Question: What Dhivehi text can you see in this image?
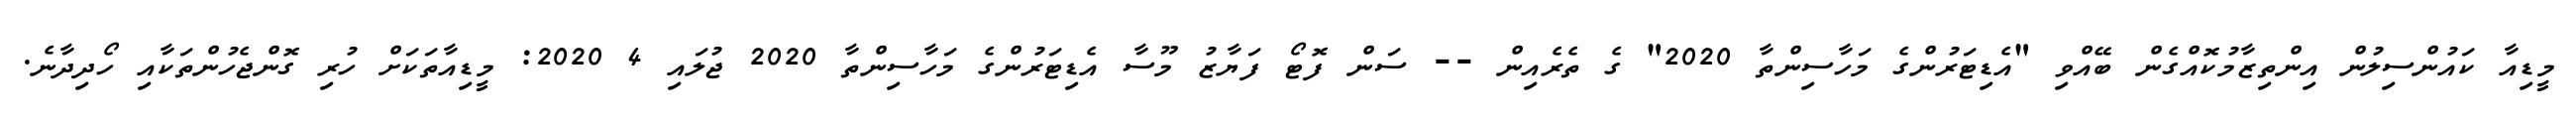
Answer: މީޑިއާ ކައުންސިލުން އިންތިޒާމުކޮއްގެން ބޭއްވި "އެޑިޓަރުންގެ މަހާސިންތާ 2020" ގެ ތެރެއިން -- ސަން ފޮޓޯ ފަޔާޒު މޫސާ އެޑިޓަރުންގެ މަހާސިންތާ 2020 ޖުލައި 4 2020: މީޑިއާތަކަށް ހުރި ގޮންޖެހުންތަކާއި ހޯދިދާނެ.